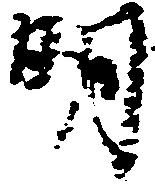
明